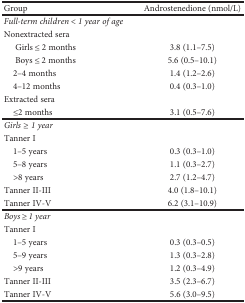
<table><thead><tr><td><b>Group</b></td><td><b>Androstenedione (nmol/L)</b></td></tr></thead><tbody><tr><td colspan="2"><i>Full-termchildren</i>&lt;<i>1 year of age</i></td></tr><tr><td colspan="2">Nonextracted sera</td></tr><tr><td>Girls ≤ 2 months</td><td>3.8 (1.1–7.5)</td></tr><tr><td>Boys ≤ 2 months</td><td>5.6 (0.5–10.1)</td></tr><tr><td> 2–4 months</td><td>1.4 (1.2–2.6)</td></tr><tr><td> 4–12 months</td><td>0.4 (0.3–1.0)</td></tr><tr><td colspan="2">Extracted sera</td></tr><tr><td> ≤2 months</td><td>3.1 (0.5–7.6)</td></tr><tr><td colspan="2"><i>Girls</i>≥<i> 1 year</i></td></tr><tr><td colspan="2">Tanner I</td></tr><tr><td> 1–5 years</td><td>0.3 (0.3–1.0)</td></tr><tr><td> 5–8 years</td><td>1.1 (0.3–2.7)</td></tr><tr><td> &gt;8 years</td><td>2.7 (1.2–4.7)</td></tr><tr><td>Tanner II-III</td><td>4.0 (1.8–10.1)</td></tr><tr><td>Tanner IV-V</td><td>6.2 (3.1–10.9)</td></tr><tr><td colspan="2"><i>Boys</i> ≥ <i>1 year</i></td></tr><tr><td colspan="2">Tanner I</td></tr><tr><td> 1–5 years</td><td>0.3 (0.3–0.5)</td></tr><tr><td> 5–9 years</td><td>1.3 (0.3–2.8)</td></tr><tr><td> &gt;9 years</td><td>1.2 (0.3–4.9)</td></tr><tr><td>Tanner II-III</td><td>3.5 (2.3–6.7)</td></tr><tr><td>Tanner IV-V</td><td>5.6 (3.0–9.5)</td></tr></tbody></table>